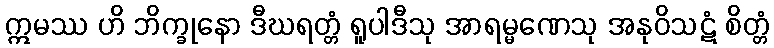
ဣမဿ ဟိ ဘိက္ခုနော ဒီဃရတ္တံ ရူပါဒီသု အာရမ္မဏေသု အနုဝိသဋံ စိတ္တံ